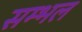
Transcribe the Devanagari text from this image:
सम्‍भल